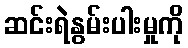
ဆင်းရဲနွမ်းပါးမှုကို